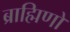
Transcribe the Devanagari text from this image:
ब्राह्मिणों